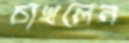
চাখলেন